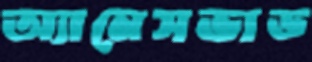
অ্যানেসভাড